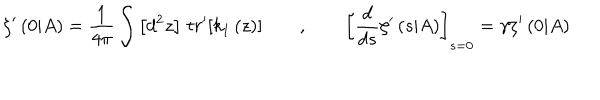
\zeta ^ { \prime } \left( 0 | A \right) = \frac { 1 } { 4 \pi } \int \left[ d ^ { 2 } z \right] \, t r ^ { \prime } [ k _ { 1 } \left( z \right) ] \qquad , \qquad \left[ \frac { d } { d s } \zeta ^ { \prime } \left( s | A \right) \right] _ { s = 0 } = \gamma \zeta ^ { \prime } \left( 0 | A \right)